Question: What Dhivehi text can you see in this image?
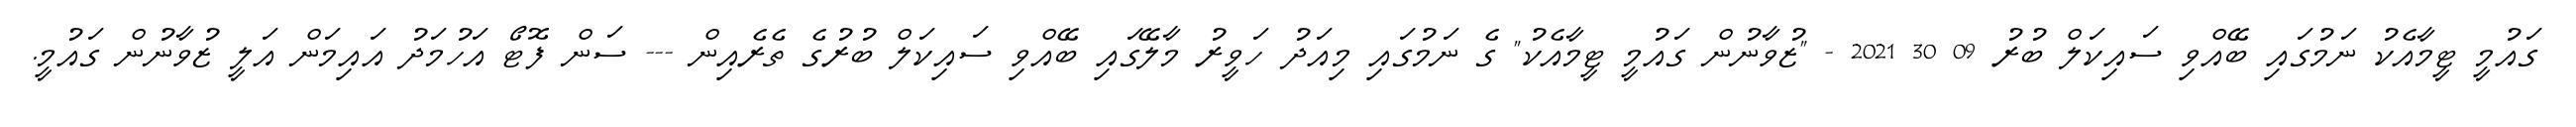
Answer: ގައުމީ ޓީމާއެކު ނަމުގައި ބޭއްވި ސައިކަލް ބުރު 09 30 2021 - "ޒުވާނުން ގައުމީ ޓީމާއެކު" ގެ ނަމުގައި މިއަދު ހަވީރު މާލޭގައި ބޭއްވި ސައިކަލް ބުރުގެ ތެރެއިން --- ސަން ފޮޓޯ އަހުމަދު އައިމަން އަލީ ޒުވާނުން ގައުމީ.